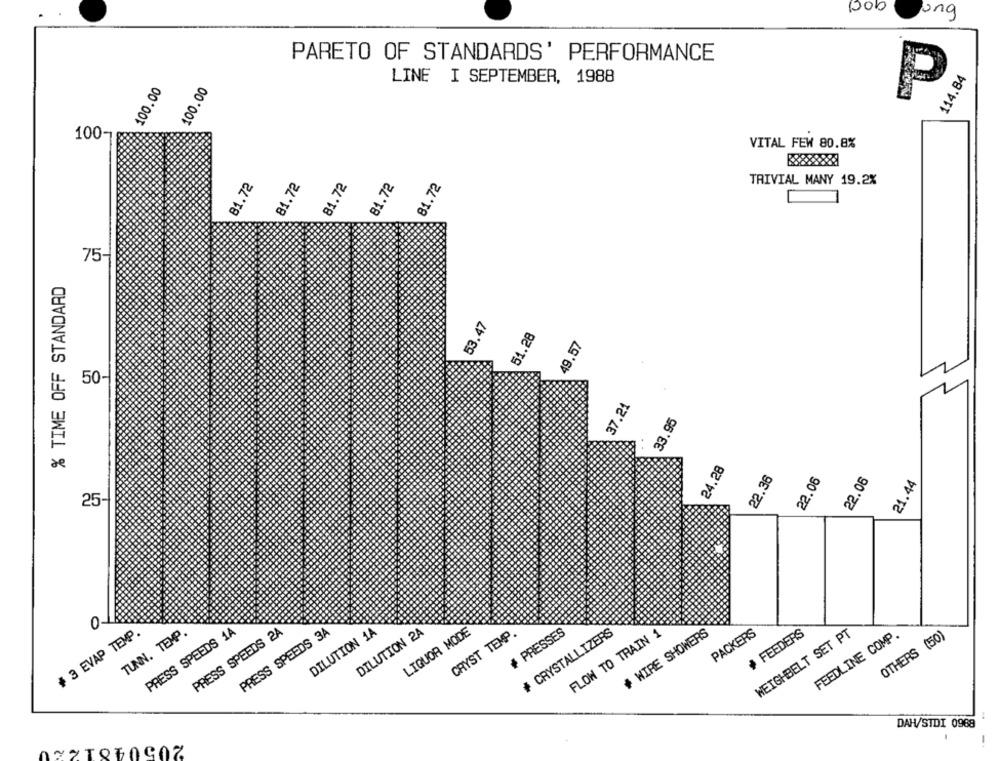
pob
ung
PARETO OF STANDARDS' PERFORMANCE
114.84
100.00
100.00
LINE I SEPTEMBER, 1988
P
100
VITAL FEW 80.8%
81.72
81.72
81.72
81.72
81.72
TRIVIAL MANY 19.2%
75-
% TIME OFF STANDARD
53.47
51.28
49.57
50-
37.21
33.95
24.28
22.36
22.06
22.06
21.44
25-
0
# 3 EVAP TEMP.
TUNN. TEMP.
PRESS SPEEDS 1A
PRESS SPEEDS 2A
PRESS SPEEDS 3A
DILUTION 1A
DILUTION 2A
LIQUOR MODE
# PRESSES
# CRYSTALLIZERS
FLOW TO TRAIN 1
+ WIRE SHOWERS
PACKERS
+ FEEDERS
WEIGHBELT SET PT
CRYST TEMP
FEEDLINE COMP.
OTHERS (50)
DAH/STDI 0968